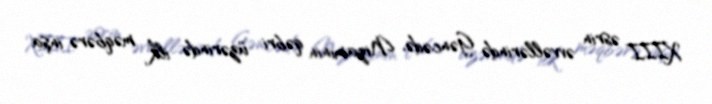
XIII əsrin əvvəllərində Gəncədə, Nizaminin qəbri üzərində ilk məqbərə inşa